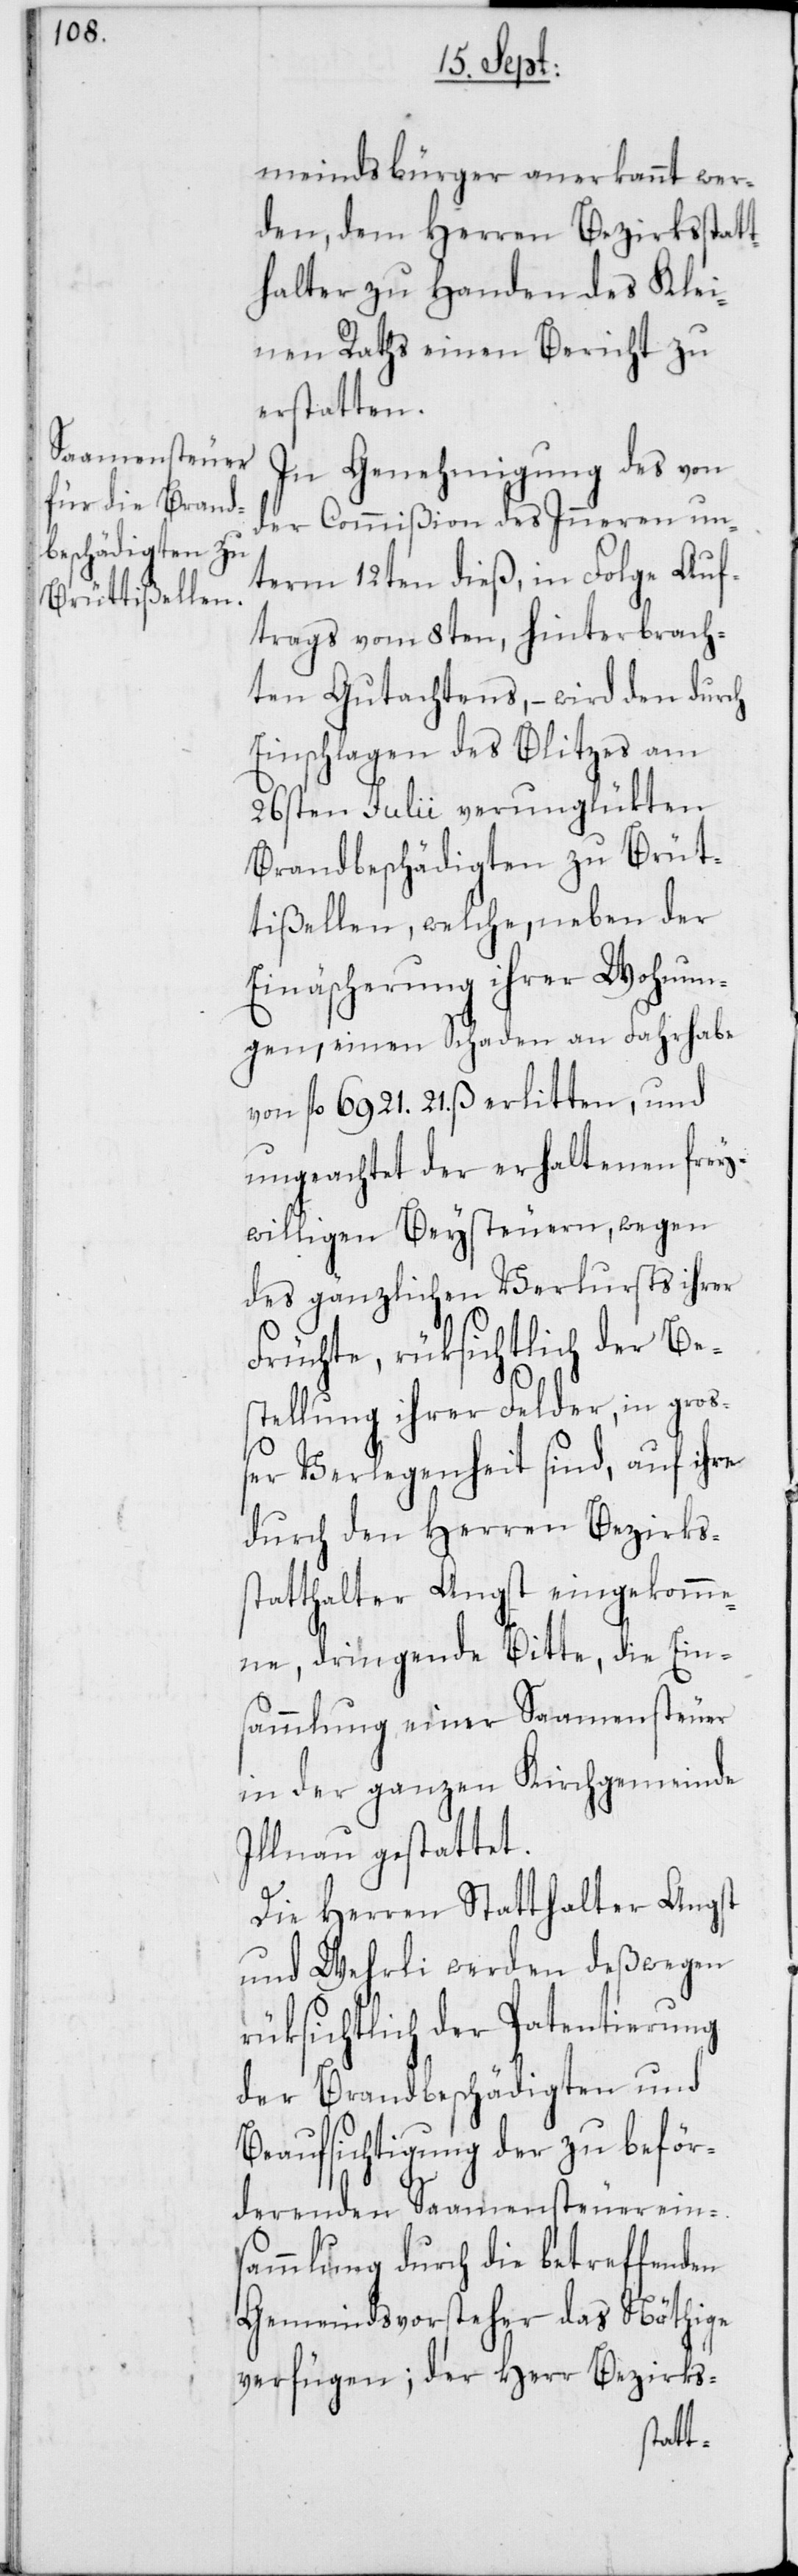
meindsbürger anerkannt wer¬
den, dem Herren Bezirksstatt¬
halter zu Handen des Klei¬
nen Raths einen Bericht zu
erstatten.
In Genehmigung des von
der Commißion des Inneren un¬
term 12ten dieß, in Folge Auf¬
trags vom 8ten, hinterbrach¬
ten Gutachtens, – wird den durch
Einschlagen des Blitzes am
26sten Julii verunglükten
Brandbeschädigten zu Brüt¬
tißellen, welche, neben der
Einäscherung ihrer Wohnun¬
gen, einen Schaden an Fahrhabe
von 6921. fl. 21. ß erlitten, und
ungeachtet der erhaltenen frey¬
willigen Beysteuern, wegen
des gänzlichen Verlursts ihrer
Früchte, rüksichtlich der Be¬
stellung ihrer Felder, in groß¬
er Verlegenheit sind, auf ihre
durch den Herren Bezirks¬
statthalter Angst eingekomme¬
ne, dringende Bitte, die Ein¬
sammlung einer Saamensteuer
in der ganzen Kirchgemeinde
Illnau gestattet.
Die Herren Statthalter Angst
und Wehrli werden deßwegen
rüksichtlich der Patentierung
der Brandbeschädigten und
Beaufsichtigung der zu beför¬
derenden Saamensteuereins¬
ammlung durch die betreffenden
Gemeindsvorsteher das Nöthige
verfügen; der Herr Bezirks-